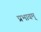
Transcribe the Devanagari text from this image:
प्रभावम्